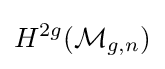
H^{2g}({\mathcal {M}}_{g,n})